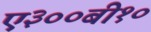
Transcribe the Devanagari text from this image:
ए३००बी१०